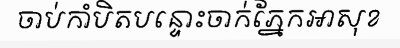
ចាប់កាំបិតបន្ទោះចាក់ភ្នែកអាសុខ